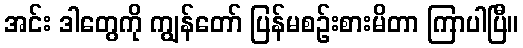
အင်း ဒါတွေကို ကျွန်တော် ပြန်မစဉ်းစားမိတာ ကြာပါပြီ။